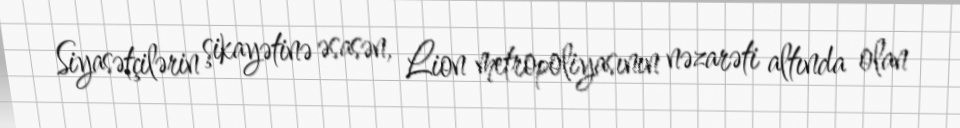
Siyasətçilərin şikayətinə əsasən, Lion metropoliyasının nəzarəti altında olan